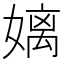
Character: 𮱓